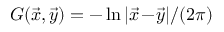
G ( \vec { x } , \vec { y } ) = - \ln | \vec { x } \! - \! \vec { y } | / ( 2 \pi )